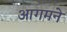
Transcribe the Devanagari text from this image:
आगमने